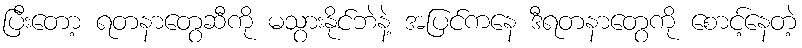
ပြီးတော့ ရတနာတွေဆီကို မသွားနိုင်ဘဲနဲ့ အပြင်ကနေ ဒီရတနာတွေကို စောင့်နေတဲ့